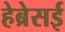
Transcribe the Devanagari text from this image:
हेब्रेसई